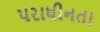
પરાધીનતા